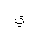
Letter: _ya